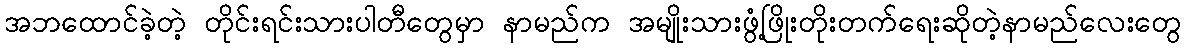
အဘထောင်ခဲ့တဲ့ တိုင်းရင်းသားပါတီတွေမှာ နာမည်က အမျိုးသားဖွံ့ဖြိုးတိုးတက်ရေးဆိုတဲ့နာမည်လေးတွေ